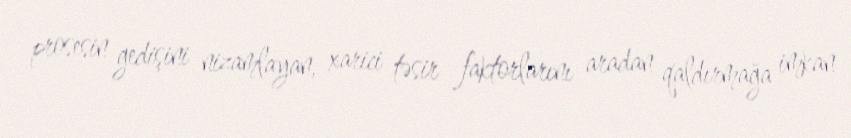
prosesin gedişini nizamlayan, xarici təsir faktorlarını aradan qaldırmağa imkan